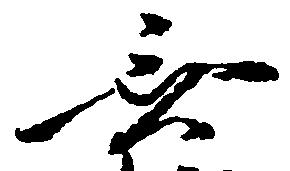
無